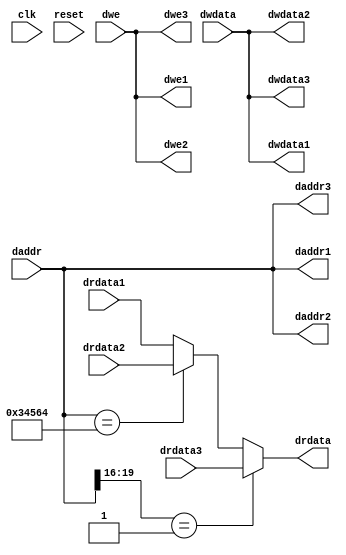
`timescale 1ns/1ps
// Bus interface unit: assumes two branches of the bus -
// 1. connect to dmem
// 2. connect to a single peripheral
// The BIU needs to know the addresses at which DMEM and peripheral are
// connected, so it can do the required multiplexing. 
// These need to be added as part of your code. 
module biu (
    input clk,
    input reset,
    input [31:0] daddr,
    input [31:0] dwdata,
    input [3:0] dwe,
    output [31:0] drdata,

    // Signals going to/from dmem
    output [31:0] daddr1,
    output [31:0] dwdata1,
    output [3:0]  dwe1,
    input  [31:0] drdata1,

    // Signals going to/from peripheral
    output [31:0] daddr2,
    output [31:0] dwdata2,
    output [3:0]  dwe2,
    input  [31:0] drdata2,
    
    output [31:0] daddr3,
    output [31:0] dwdata3,
    output [3:0]  dwe3,
    input  [31:0] drdata3
);
    reg [31:0] read;

    // Modify below so that depending on the actual daddr range the BIU decides whether 
    // the response was from DMEM or peripheral - maybe a MUX?
    
    always@(drdata1 or drdata2 or drdata3 or daddr)begin
        if(daddr[19:16]==4'h1) read=drdata3;
        else if(daddr==32'h00034564) read = drdata2;
        else read=drdata1;
    end
        
    assign drdata = read;

    // Send values to DMEM or peripheral (or both if it does not matter)
    // as required
    //we can send values to both peripheral and DMEM since both addr do not overlap
    assign daddr1 = daddr;
    assign dwdata1 = dwdata;
    assign dwe1 = dwe;

    assign daddr2 = daddr;
    assign dwdata2 = dwdata;
    assign dwe2 = dwe;
    
    assign daddr3 = daddr;
    assign dwdata3 = dwdata;
    assign dwe3 =dwe ;

endmodule